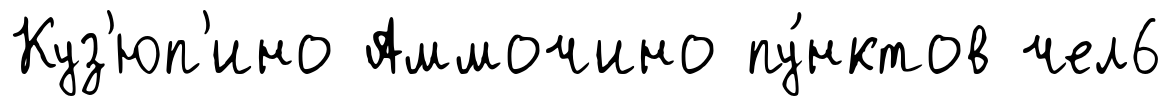
Куз'юп'ино Аммочино пу́нктов чел6